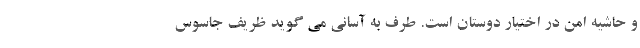
و حاشیه امن در اختیار دوستان است. طرف به آسانی می گوید ظریف جاسوس